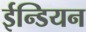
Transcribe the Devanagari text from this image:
ईन्डियन